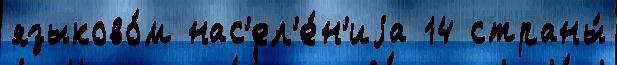
языково́м нас'ел'е́н'иjа 14 страны́